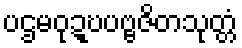
ပဌမဝုဍ္ဎပဗ္ဗဇိတသုတ္တံ